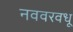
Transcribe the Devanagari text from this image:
नववरवधू